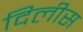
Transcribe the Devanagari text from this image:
दिलीस